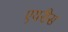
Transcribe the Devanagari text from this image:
एयरीस